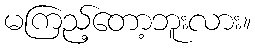
မကြည့်တော့ဘူးလား။